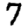
Digit: 7